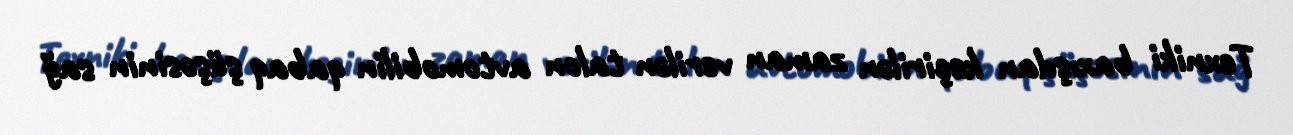
Texniki baxışdan keçirilən zaman verilən talon avtomobilin qabaq şüşəsinin sağ